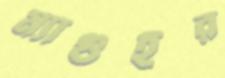
ম্যাগুইর